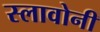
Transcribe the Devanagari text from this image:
स्लावोनी